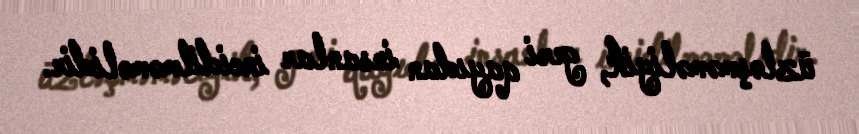
üzləşməməliyik, geri qayıdan insanlar incidilməməlidir.